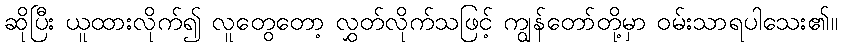
ဆိုပြီး ယူထားလိုက်၍ လူတွေတော့ လွှတ်လိုက်သဖြင့် ကျွန်တော်တို့မှာ ဝမ်းသာရပါသေး၏။